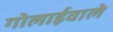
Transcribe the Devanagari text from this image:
गोलाईवाले